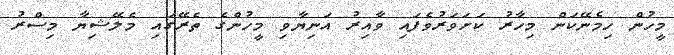
މީހުން ހިމެނޭކަން މިހާރު ކަށަވަރުވެފައި ވާއިރު އަނިޔާވި މީހުންގެ ތެރޭގައި މެލޭޝިޔާ މިސްރު